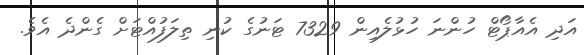
އަދި އެއާޕޯޓް ހުންނަ ހުޅުލެއިން 7329 ޓަނުގެ ކުނި ތިލަފުއްޓަށް ގެންދެ އެވެ.